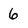
Character: 6